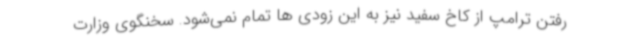
رفتن ترامپ از کاخ سفید نیز به این زودی ها تمام نمی‌شود. سخنگوی وزارت